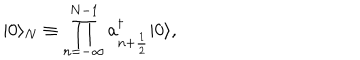
LaTeX: | 0 \rangle _ { N } \equiv \prod _ { n = - \infty } ^ { N - 1 } a _ { n + { \frac { 1 } { 2 } } } ^ { \dagger } | 0 \rangle ,